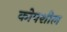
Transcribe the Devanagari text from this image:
कोपशील